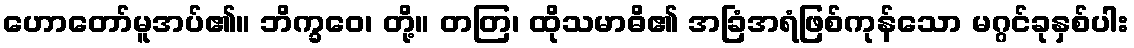
ဟောတော်မူအပ်၏။ ဘိက္ခဝေ၊ တို့။ တတြ၊ ထိုသမာဓိ၏ အခြံအရံဖြစ်ကုန်သော မဂ္ဂင်ခုနှစ်ပါး